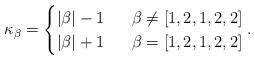
LaTeX: \begin{align*} \kappa_{\beta}= \begin{cases} |\beta|-1 &\ \ \beta\neq [1,2,1,2,2]\\ |\beta|+1 &\ \ \beta=[1,2,1,2,2] \end{cases}.\end{align*}